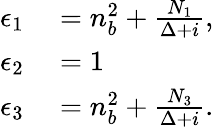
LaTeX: \begin{array}{rl}{\epsilon_{1}}&{{}=n_{b}^{2}+\frac{N_{1}}{\Delta+i},}\\ {\epsilon_{2}}&{{}=1}\\ {\epsilon_{3}}&{{}=n_{b}^{2}+\frac{N_{3}}{\Delta+i}.}\end{array}